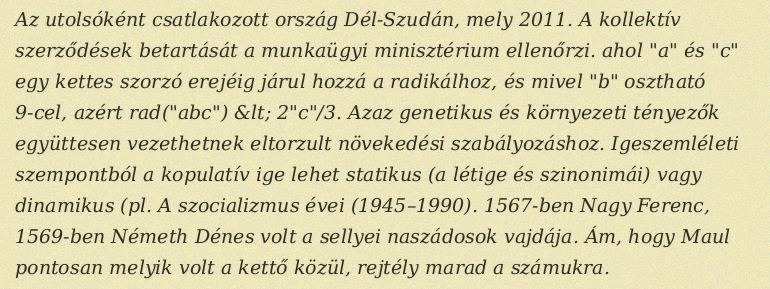
Az utolsóként csatlakozott ország Dél-Szudán, mely 2011. A kollektív szerződések betartását a munkaügyi minisztérium ellenőrzi. ahol "a" és "c" egy kettes szorzó erejéig járul hozzá a radikálhoz, és mivel "b" osztható 9-cel, azért rad("abc") &lt; 2"c"/3. Azaz genetikus és környezeti tényezők együttesen vezethetnek eltorzult növekedési szabályozáshoz. Igeszemléleti szempontból a kopulatív ige lehet statikus (a létige és szinonimái) vagy dinamikus (pl. A szocializmus évei (1945–1990). 1567-ben Nagy Ferenc, 1569-ben Németh Dénes volt a sellyei naszádosok vajdája. Ám, hogy Maul pontosan melyik volt a kettő közül, rejtély marad a számukra.